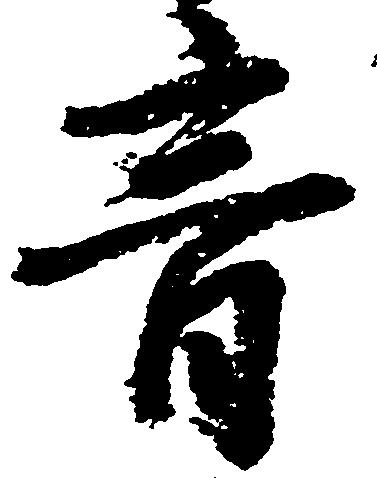
音